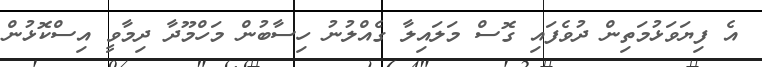
އެ ފިޔަވަޅުމަތިން ދުވެފައި ގޮސް މަލައިލާ ގެއްލުނު ހިސާބުން މަހްމޫދާ ދިމާވީ އިސްކޮޅުން